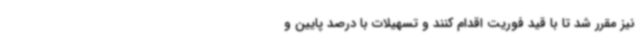
نیز مقرر شد تا با قید فوریت اقدام کنند و تسهیلات با درصد پایین و